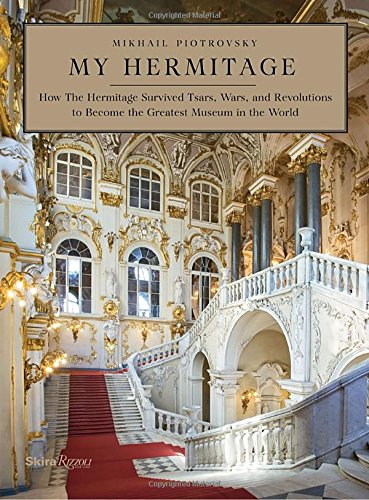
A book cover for My Hermitage: How the Hermitage Survived Tsars, Wars, and Revolutions to become the Greatest Museum in the World; Dr. Mikhail Borisovich Piotrovsky; Politics & Social Sciences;